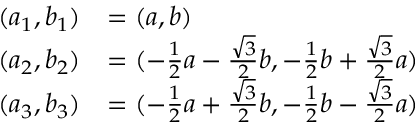
\begin{array} { r l } { ( a _ { 1 } , b _ { 1 } ) } & { = ( a , b ) } \\ { ( a _ { 2 } , b _ { 2 } ) } & { = ( - \frac { 1 } { 2 } a - \frac { \sqrt { 3 } } { 2 } b , - \frac { 1 } { 2 } b + \frac { \sqrt { 3 } } { 2 } a ) } \\ { ( a _ { 3 } , b _ { 3 } ) } & { = ( - \frac { 1 } { 2 } a + \frac { \sqrt { 3 } } { 2 } b , - \frac { 1 } { 2 } b - \frac { \sqrt { 3 } } { 2 } a ) } \end{array}